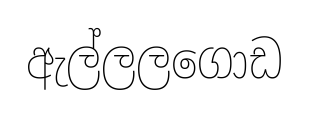
ඇල්ලලගොඩ